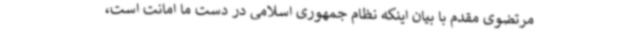
مرتضوی مقدم با بیان اینکه نظام جمهوری اسلامی در دست ما امانت است،